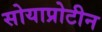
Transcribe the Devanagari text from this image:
सोयाप्रोटीन